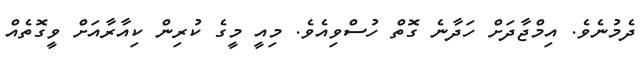
ދެމުނެވެ. އިމްޖާދަށް ހަދާނެ ގޮތް ހުސްވިއެވެ. މިއީ މީގެ ކުރިން ކިއާރާއަށް ވީގޮތެއް